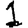
Digit: 1